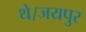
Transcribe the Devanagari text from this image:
थे।जयपुर